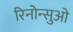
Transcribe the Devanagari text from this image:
रिनोन्सुओ